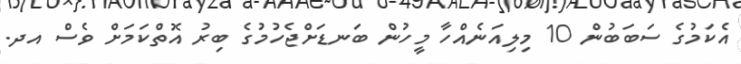
އެކަމުގެ ސަބަބުން 10 މިލިއަނެއްހާ މީހުން ބަނޑަށްޖެހުމުގެ ބިރު އޮތްކަމަށް ވެސް އދ.